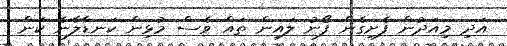
އަދި މިއަދުން ފެށިގެން ފޯނު ލައިން ތައް ވެސް މުޅިން ކަނޑާލާނެ ކަން